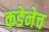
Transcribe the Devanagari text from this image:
कडेनेच